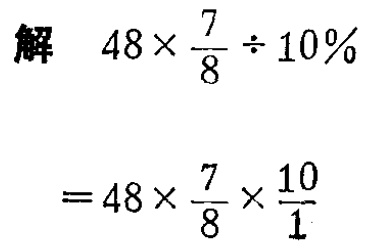
解 \(48\times\frac{7}{8}\div10\%\)

\(=48\times\frac{7}{8}\times\frac{10}{1}\)